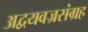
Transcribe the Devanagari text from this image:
अद्वयवज्रसंग्रह